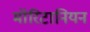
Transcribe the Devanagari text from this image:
मॉरिटानियन